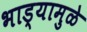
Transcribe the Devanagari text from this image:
भाड्यामुळे